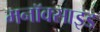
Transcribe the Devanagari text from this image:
मनॉक्साइड